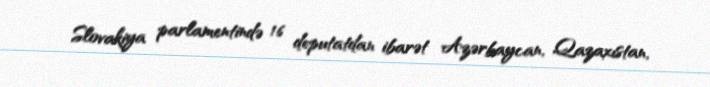
Slovakiya parlamentində 16 deputatdan ibarət Azərbaycan, Qazaxıstan,